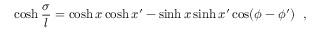
\cosh { \frac { \sigma } { l } } = \cosh x \cosh x ^ { \prime } - \sinh x \sinh x ^ { \prime } \cos ( \phi - \phi ^ { \prime } ) ~ ~ ,